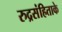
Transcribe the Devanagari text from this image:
रुद्रसंहिताके